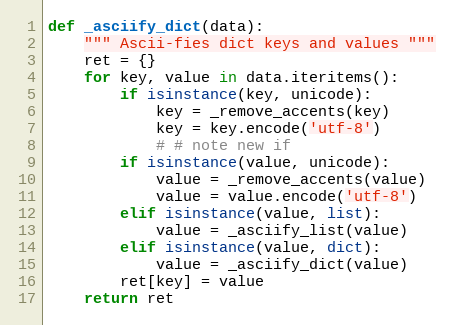
Language: Python
def _asciify_dict(data):
    """ Ascii-fies dict keys and values """
    ret = {}
    for key, value in data.iteritems():
        if isinstance(key, unicode):
            key = _remove_accents(key)
            key = key.encode('utf-8')
            # # note new if
        if isinstance(value, unicode):
            value = _remove_accents(value)
            value = value.encode('utf-8')
        elif isinstance(value, list):
            value = _asciify_list(value)
        elif isinstance(value, dict):
            value = _asciify_dict(value)
        ret[key] = value
    return ret